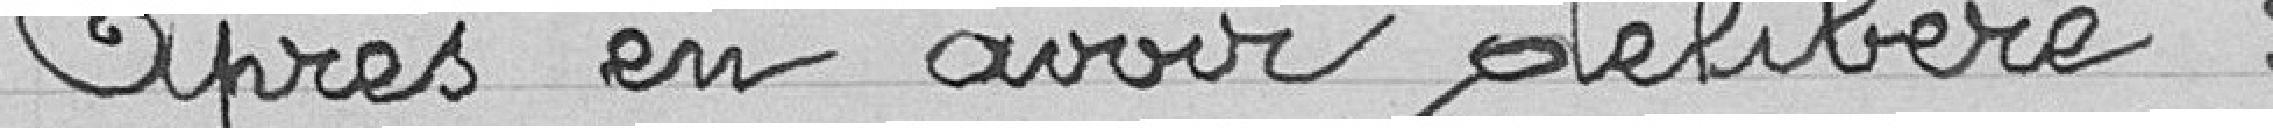
après en avoir délibéré